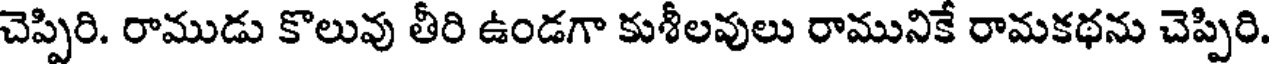
చెప్పిరి. రాముడు కొలువు తీరి ఉండగా కుశీలవులు రామునికే రామకథను చెప్పిరి.